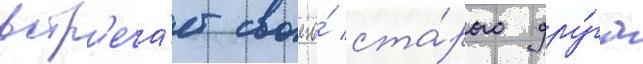
встр'еча́ет своего́ ста́рого дру́га